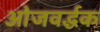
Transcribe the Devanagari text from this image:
ओजवर्द्धक